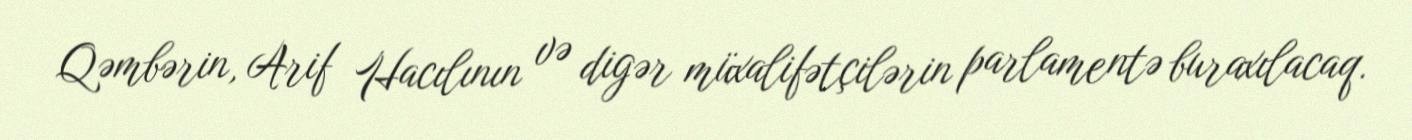
Qəmbərin, Arif Hacılının və digər müxalifətçilərin parlamentə buraxılacaq.